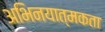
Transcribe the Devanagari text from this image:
अभिनयात्मकता